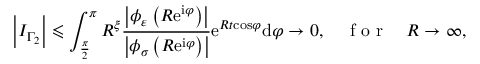
\left\vert I _ { \Gamma _ { 2 } } \right\vert \leqslant \int _ { \frac { \pi } { 2 } } ^ { \pi } R ^ { \xi } \frac { \left\vert \phi _ { \varepsilon } \left( R \mathrm { e } ^ { \mathrm { i } \varphi } \right) \right\vert } { \left\vert \phi _ { \sigma } \left( R \mathrm { e } ^ { \mathrm { i } \varphi } \right) \right\vert } \mathrm { e } ^ { R t \mathrm { \cos } \varphi } \mathrm { d } \varphi \rightarrow 0 , \quad \mathrm { ~ f ~ o ~ r ~ } \quad R \rightarrow \infty ,